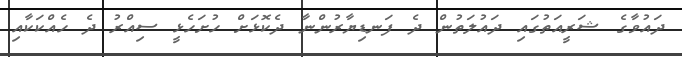
ދައުވާގެ ޝަރީއަތުގައި ދައުލަތުން ދެ ފަނޑިޔާރުންނާ ދެކޮޅަށް ހުށަހެޅީ ސިއްރު ދެ ހެއްކަކާއި